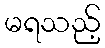
မရသည့်